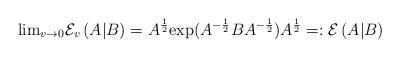
LaTeX: \begin{align*}{{\lim }_{v\to 0}}{{\mathcal{E}}_{v}}\left( A|B \right)={{A}^{\frac{1}{2}}}{{\exp}({{{A}^{-\frac{1}{2}}}B{{A}^{-\frac{1}{2}}}}}){{A}^{\frac{1}{2}}}=:{{\mathcal{E}}}\left( A|B \right)\end{align*}